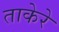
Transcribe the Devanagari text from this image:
ताकेरे